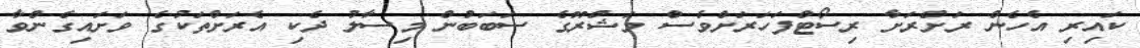
ކައިރި އެހެން ރަށްރަށާ ރިސޯޓްފަހަރަށްވެސް މަޝްރޫގެ ސަބަބުން މިސާލު ދެކި އެރަށްތަކުގެ ވަށައިގެންވާ